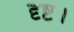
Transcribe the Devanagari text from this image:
दृष्ट।